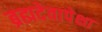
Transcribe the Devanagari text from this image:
ब्रह्मदेवापेक्षा